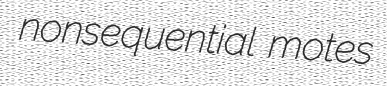
nonsequential motes